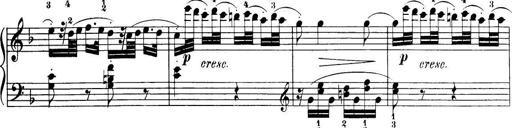
Title: 32 Sonatinas and Rondos for the Piano
Composer: Richard Kleinmichel